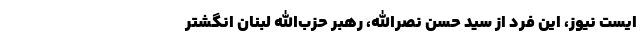
ایست نیوز، این فرد از سید حسن نصرالله، رهبر حزب‌الله لبنان انگشتر